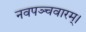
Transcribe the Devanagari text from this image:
नवपञ्चवारम्।